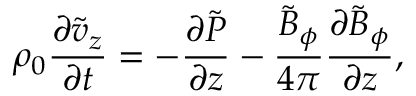
\rho _ { 0 } \frac { \partial \tilde { v } _ { z } } { \partial t } = - \frac { \partial \tilde { P } } { \partial z } - \frac { \tilde { B } _ { \phi } } { 4 \pi } \frac { \partial \tilde { B } _ { \phi } } { \partial z } ,